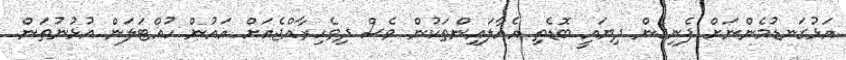
އަޅުގަނޑުމެންނަށް ފެނިގެން ދިޔައީ ބޮޑެތި އެއާލައިންތަކުން ވެސް ދިވެހިރާއްޖެއަށް އައުން ހުއްޓަލަން އުޅުނުތަން.